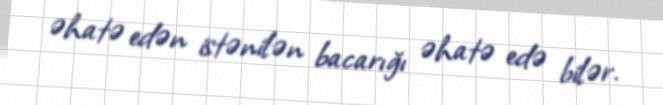
əhatə edən istənilən bacarığı əhatə edə bilər.